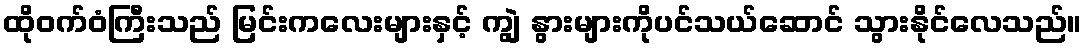
ထိုဝက်ဝံကြီးသည် မြင်းကလေးများနှင့် ကျွဲ နွားများကိုပင်သယ်ဆောင် သွားနိုင်လေသည်။